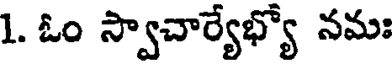
1. ఓం స్వాచార్యేభ్యో నమః